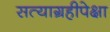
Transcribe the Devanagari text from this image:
सत्याग्रहीपेक्षा